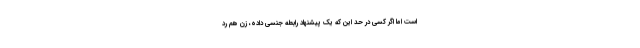
است اما اگر کسی در حد این که یک پیشنهاد رابطه جنسی داده، زن هم رد